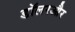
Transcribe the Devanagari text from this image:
डॉलरऔर